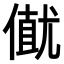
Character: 𠎟